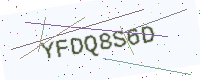
Text: YFDQ8S6D